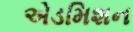
એડમિશન